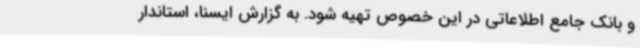
و بانک جامع اطلاعاتی در این خصوص تهیه شود. به گزارش ایسنا، استاندار